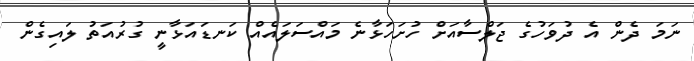
ނަމަ ދެން އެ ދުވަހުގެ ޖަލްސާއަށް ހުށަހަޅާނެ މައްސަލައެއް ކަނޑައަޅާނީ ގުރުއަތު ލައިގެން